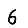
Digit: 6